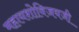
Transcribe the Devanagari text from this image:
महायशोविजयजी